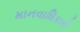
માનવાધિકારો